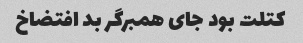
کتلت بود جای همبرگر بد افتضاخ